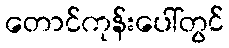
တောင်ကုန်းပေါ်တွင်